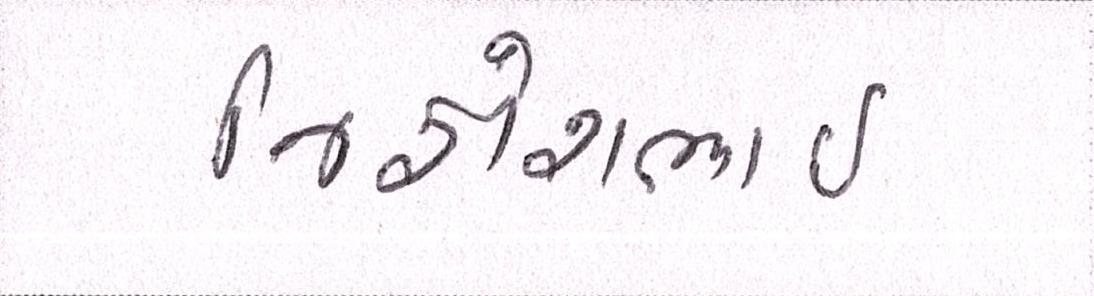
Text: જિજ્ઞેશભાઇ